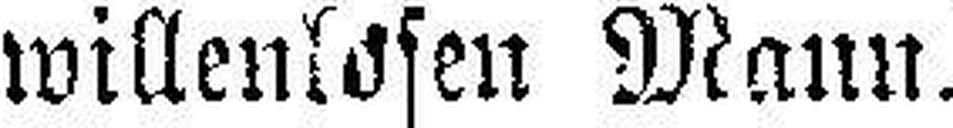
willenlosen Mann.